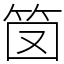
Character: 笝